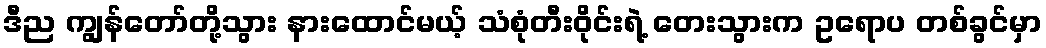
ဒီည ကျွန်တော်တို့သွား နားထောင်မယ့် သံစုံတီးဝိုင်းရဲ့ တေးသွားက ဥရောပ တစ်ခွင်မှာ